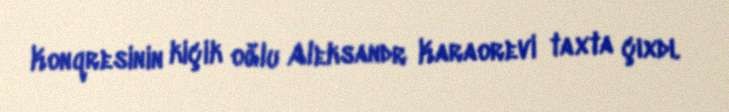
Konqresinin kiçik oğlu Aleksandr Karaorevi taxta çıxdı.